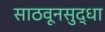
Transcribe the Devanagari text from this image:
साठवूनसुद्धा